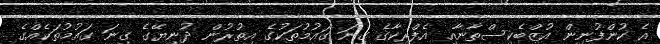
އެ ކުންފުނިން އުޒްބެކިސްތާނާއި އެފްރިކާގެ ގިނަ ގައުމުތަކުގެ އިތުރުން ދުނިޔޭގެ ގިނަ ގައުމުތަކެއްގެ